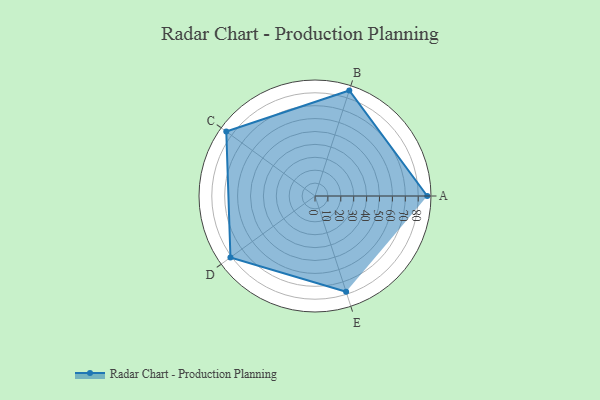
{"axis": {"x": "Skill", "y": "Score"}, "legend": ["Profile"], "data": [{"x": "A", "y": 87.0, "type": "Profile"}, {"x": "B", "y": 86.0, "type": "Profile"}, {"x": "C", "y": 85.0, "type": "Profile"}, {"x": "D", "y": 81.0, "type": "Profile"}, {"x": "E", "y": 78.0, "type": "Profile"}]}